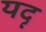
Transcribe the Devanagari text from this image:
यदृ